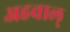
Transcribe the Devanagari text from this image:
अहवाल्